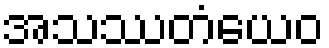
အသဿတံယေဝ